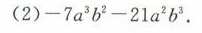
(2)-7a^{3} b^{4}-21a^{2}b^{3}.